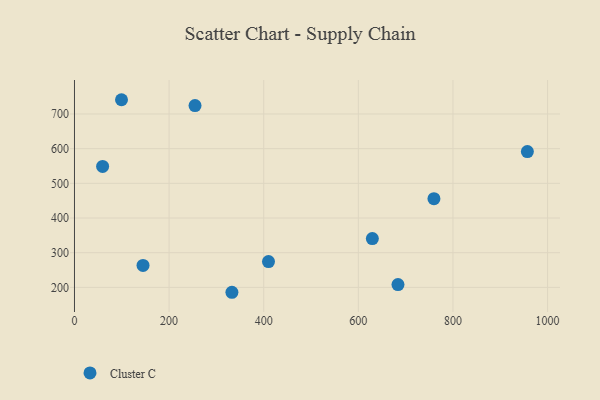
{"axis": {"x": "Engine Size", "y": "Profit"}, "legend": ["Cluster C"], "data": [{"x": "254.8", "y": 724.1, "type": "Cluster C"}, {"x": "759.8", "y": 455.9, "type": "Cluster C"}, {"x": "332.8", "y": 185.9, "type": "Cluster C"}, {"x": "629.6", "y": 340.8, "type": "Cluster C"}, {"x": "99.4", "y": 741.1, "type": "Cluster C"}, {"x": "59.5", "y": 548.9, "type": "Cluster C"}, {"x": "410.1", "y": 274.3, "type": "Cluster C"}, {"x": "957.3", "y": 591.7, "type": "Cluster C"}, {"x": "144.9", "y": 263.4, "type": "Cluster C"}, {"x": "683.8", "y": 208.2, "type": "Cluster C"}]}